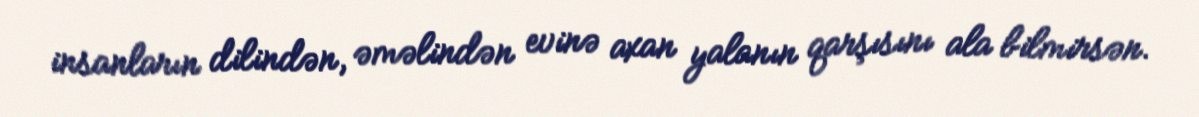
insanların dilindən, əməlindən evinə axan yalanın qarşısını ala bilmirsən.